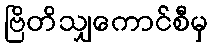
ဗြိတိသျှကောင်စီမှ